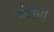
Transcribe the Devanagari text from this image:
नोंदींनी